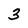
Character: 3